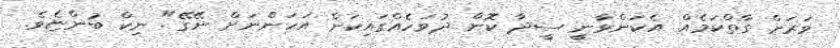
ވަރަށް ގާތްކަމެއް. އެކަންވާނީ ސީދާ ކޮން ދުވަހެއްގައިކަން އަހަންނަށް ނޭގޭ". ނިކް ބުންޏެވެ.